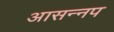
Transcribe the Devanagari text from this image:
आसन्नप